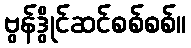
ဗွန်ဒွိုင်ဆင်စစ်စစ်။